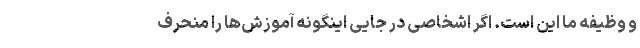
و وظیفه ما این است. اگر اشخاصی در جایی اینگونه آموزش‌ها را منحرف